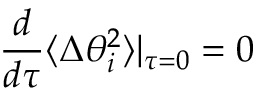
{ \frac { d } { d \tau } } \langle \Delta \theta _ { i } ^ { 2 } \rangle | _ { \tau = 0 } = 0